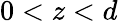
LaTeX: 0<z<d